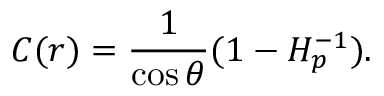
C ( r ) = { \frac { 1 } { \cos \theta } } ( 1 - H _ { p } ^ { - 1 } ) .